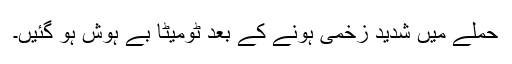
حملے میں شدید زخمی ہونے کے بعد ٹومیٹا بے ہوش ہو گئیں۔